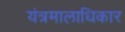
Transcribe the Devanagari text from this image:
यंत्रमालाधिकार